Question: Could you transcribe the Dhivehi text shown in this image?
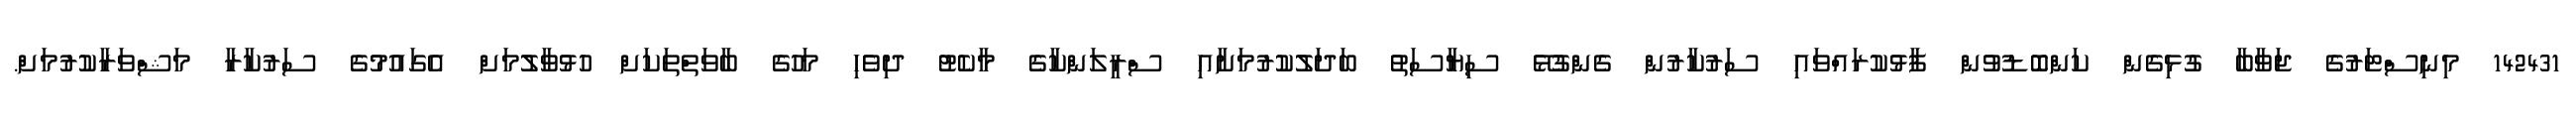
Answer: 142431 މިނިސްޓަރުގެ ޖަވާބާ ގުޅިގެން ކަންބޮޑުވުން ފާޅުކުރައްވައި ސަރުކާރުން ގެންގުޅޭ ސިޔާސަތު ބަދަލުކުރުމަށާއި ސްރީލަންކާގެ މާކެޓު ދިވެހި މަހުގެ ބާވަތްތަކަށް ހުޅުވާލުމަށް އެގައުމުގެ ސަރުކާރާ މަޝްވަރާކުރުމަށް.